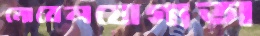
নোবেলযোগ্যতা